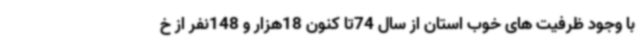
با وجود ظرفیت های خوب استان از سال 74تا کنون 18هزار و 148نفر از خ